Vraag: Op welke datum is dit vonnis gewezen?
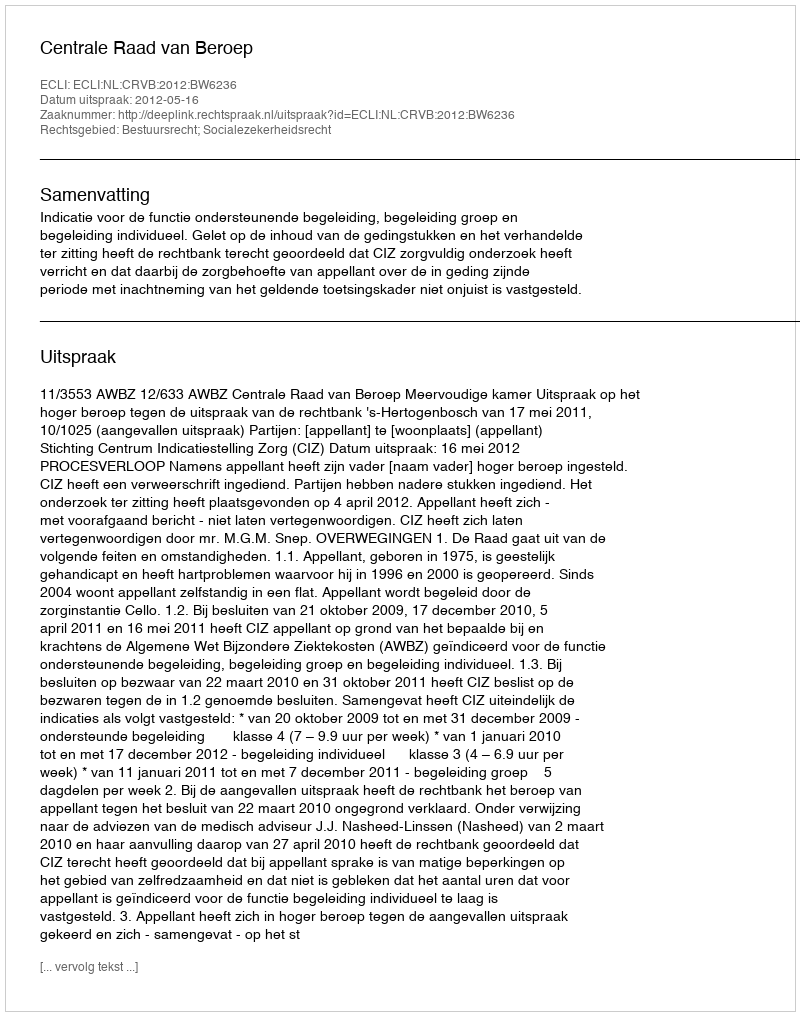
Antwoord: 2012-05-16